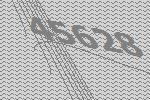
45628